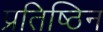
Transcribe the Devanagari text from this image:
प्रतिष्ठिन